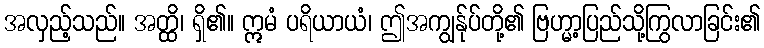
အလှည့်သည်။ အတ္ထိ၊ ရှိ၏။ ဣမံ ပရိယာယံ၊ ဤအကျွန်ုပ်တို့၏ ဗြဟ္မာ့ပြည်သို့ကြွလာခြင်း၏